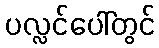
ပလ္လင်ပေါ်တွင်